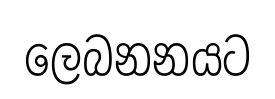
ලෙබනනයට